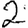
Digit: 2